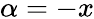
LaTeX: \alpha=-x